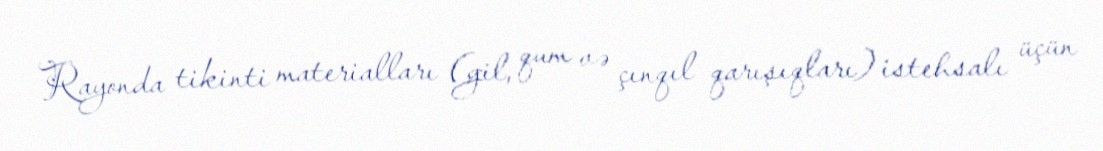
Rayonda tikinti materialları (gil, qum və çınqıl qarışıqları) istehsalı üçün